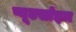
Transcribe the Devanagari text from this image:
प्यूटर्साइन